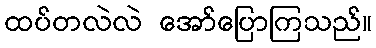
ထပ်တလဲလဲ အော်ပြောကြသည်။